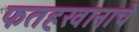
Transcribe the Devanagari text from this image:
फतहखानाचे